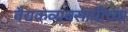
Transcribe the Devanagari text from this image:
वैद्यकव्यवसायीच्या